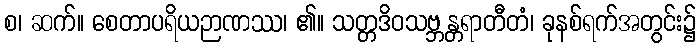
စ၊ ဆက်။ စေတာပရိယဉာဏဿ၊ ၏။ သတ္တဒိဝသဗ္ဘန္တရာတီတံ၊ ခုနစ်ရက်အတွင်း၌